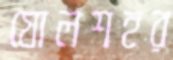
ষোলশহর